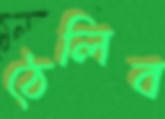
ঠেলিব